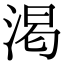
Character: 渇